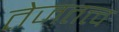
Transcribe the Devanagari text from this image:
तेजतत्त्व